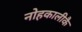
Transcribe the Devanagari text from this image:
नोहकालीकै